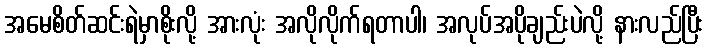
အမေစိတ်ဆင်းရဲမှာစိုးလို့ အားလုံး အလိုလိုက်ရတာပါ၊ အလုပ်အပိုချည်းပဲလို့ နားလည်ပြီး